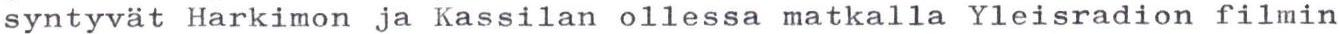
syntyvät Harkimon ja Kassilan ollessa matkalla Yleisradion filmin